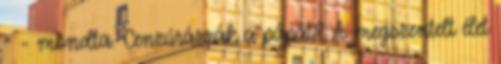
” – mondta. Cenzúrázzák a pápát? A megszentelt élet